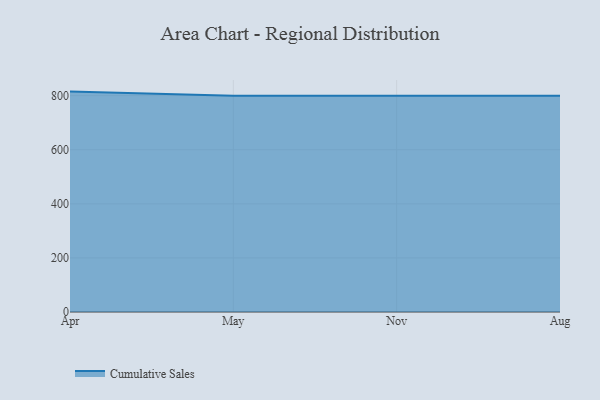
{"axis": {"x": "Month", "y": "Shipments"}, "legend": ["Cumulative Sales"], "data": [{"x": "Apr", "y": 815.0, "type": "Cumulative Sales"}, {"x": "May", "y": 800, "type": "Cumulative Sales"}, {"x": "Nov", "y": 800, "type": "Cumulative Sales"}, {"x": "Aug", "y": 800, "type": "Cumulative Sales"}]}